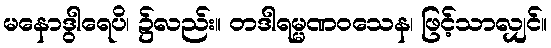
မနောဒွါရေပိ၊ ၌လည်း။ တဒါရမ္မဏဝသေန၊ ဖြင့်သာလျှင်။